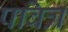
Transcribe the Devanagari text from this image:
पबित्र